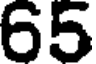
65